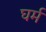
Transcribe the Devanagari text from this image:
घर्म